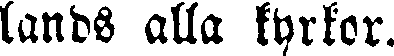
lands alla kyrkor.